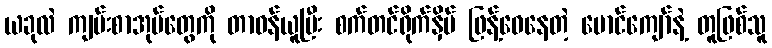
ယခုလဲ ကျမ်းစာအုပ်တွေကို တာဝန်ယူပြီး စက်တင်ရိုက်နှိပ် ဖြန့်ဝေနေတဲ့ မောင်ကျော်နဲ့ တူဖြစ်သူ